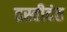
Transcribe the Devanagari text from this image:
हस्तीदंत